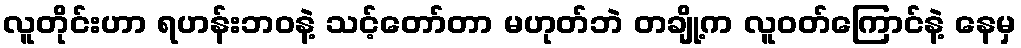
လူတိုင်းဟာ ရဟန်းဘဝနဲ့ သင့်တော်တာ မဟုတ်ဘဲ တချို့က လူဝတ်ကြောင်နဲ့ နေမှ